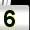
Digit: 5